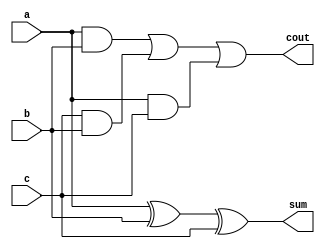
`timescale 1ns / 1ps
//////////////////////////////////////////////////////////////////////////////////
// Company: 
// Engineer: 
// 
// Design Name: 
// Module Name:    fa_df 
// Project Name: 
// Target Devices: 
// Tool versions: 
// Description: 
//
// Dependencies: 
//
// Revision: 
// Revision 0.01 - File Created
// Additional Comments: 
//
//////////////////////////////////////////////////////////////////////////////////
module fa_df(a,b,c,sum,cout);
	input a,b,c;
	output sum,cout;
	
	assign sum = a^b^c;
	assign cout= (a&b |c&b |a&c);


endmodule